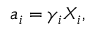
a _ { i } = \gamma _ { i } X _ { i } ,